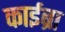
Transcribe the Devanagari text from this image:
काईब्रा